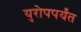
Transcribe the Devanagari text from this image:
युरोपपर्यंत